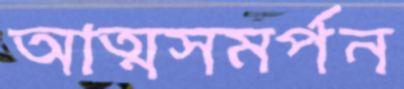
আত্মসমর্পন